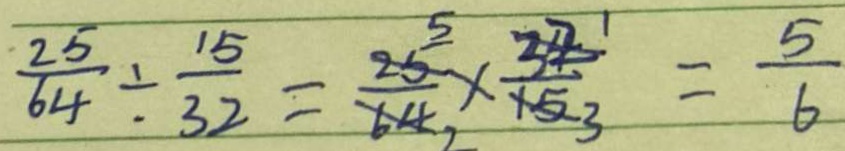
\frac { 2 5 } { 6 4 } \div \frac { 1 5 } { 3 2 } = \frac { 2 5 } { 6 4 } \times \frac { 3 2 } { 1 5 } = \frac { 5 } { 6 }